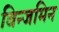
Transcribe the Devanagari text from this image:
बिन्जमिन